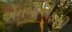
એનબીએફસી